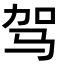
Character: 驾